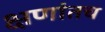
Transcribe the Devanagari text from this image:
क्षणांतच